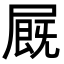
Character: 𡳅